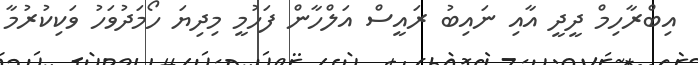
އިބްރާހިމް ދީދީ އާއި ނައިބު ރައީސް އަލްހާން ފަހުމީ މިދިޔަ ހޯމަދުވަހު ވަކިކުރުމާ